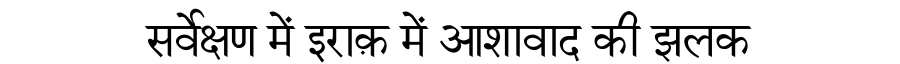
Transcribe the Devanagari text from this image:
सर्वेक्षण में इराक़ में आशावाद की झलक